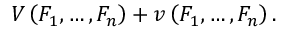
V \left( F _ { 1 } , \dots , F _ { n } \right) + v \left( F _ { 1 } , \dots , F _ { n } \right) .